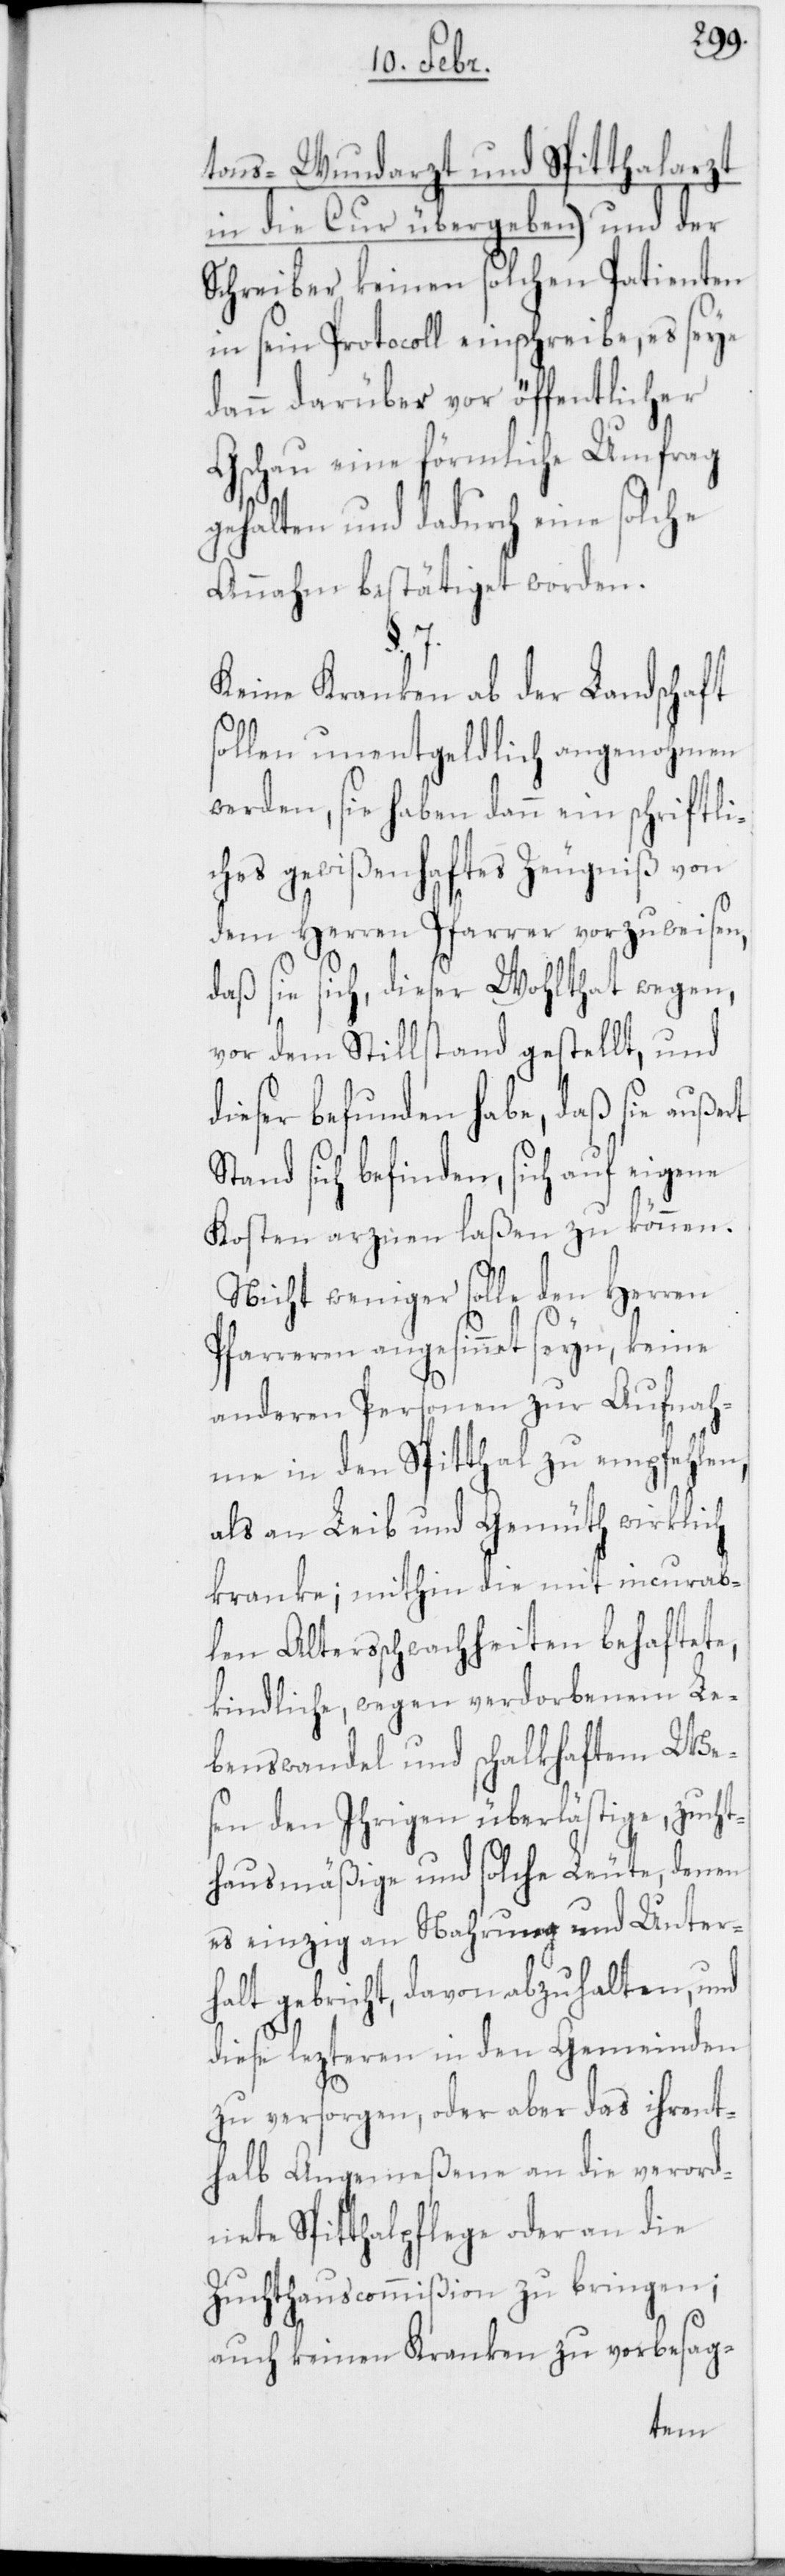
tons-Wundarzt und Spitthalarzt
in die Cur übergeben) a-NB. das
Schreiber keinen solchen Patienten
in sein Protocoll einschreibe, es seye
dann darüber vor öffentlicher
Gschau eine förmliche Umfrag
gehalten und dadurch eine solche
Annahme bestätiget worden.
Keine Kranken ab der Landschaft
sollen unentgeldlich angenohmen
werden, sie haben dann ein schriftli¬
ches gewißenhaftes Zeugniß von
dem Herren Pfarrer vorzuweisen,
daß sie sich, dieser Wohlthat wegen,
vor dem Stillstand gestellt, und
dieser befunden habe, daß sie auße¬
Stand sich befinden, sich auf eigene
Kosten arznen laßen zu können.
Nicht weniger solle den Herren
Pfarreren angesinnet seyn, keine
anderen Personen zur Aufnah¬
me in den Spitthal zu empfehlen,
als an Leib und Gemüt wirklich
kranke; mithin die mit incurab¬
len Altesschwachheiten behaftete,
kindliche, wegen verdorbenem Le¬
benswandel und schalkhaftem Wes¬
en den Ihrigen überlästige, zucht¬
hausmäßige und solche Leute, denen
es einzig an Nahrung und Unter¬
halt gebricht, davon abzuhalten, und
diese lezteren in den Gemeinden
zu versorgen, oder aber das ihrent¬
halb Angemeßene an die verord¬
nete Spitthalpflege oder an die
Zuchthauscommißion zu bringen;
auch keinen Kranken zu vorbesag-
rt